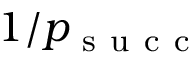
1 / p _ { \mathrm { ~ s ~ u ~ c ~ c ~ } }